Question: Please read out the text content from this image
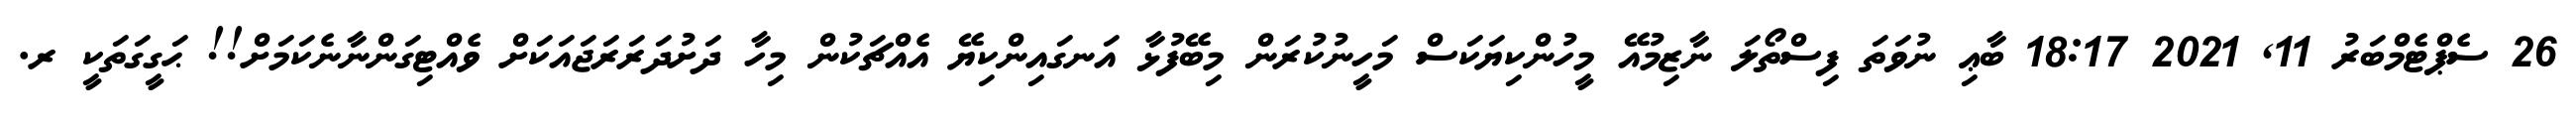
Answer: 26 ސެޕްޓެމްބަރު 11, 2021 18:17 ބާޢި ނުވަތަ ފިސްތޯލަ ނާޒިމުއޭ މީހުންކިޔަކަސް މަހީނުކުރަން މިބޭފުޅާ އަނގައިންކިޔޭ އެއްޗަކުން މިހާ ދަށުދަރަރަޖައަކަށް ވެއްޓިގަންނާނެކަމަށް!! ޙަގީގަތަކީ ރ.